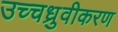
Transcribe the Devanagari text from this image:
उच्चध्रुवीकरण